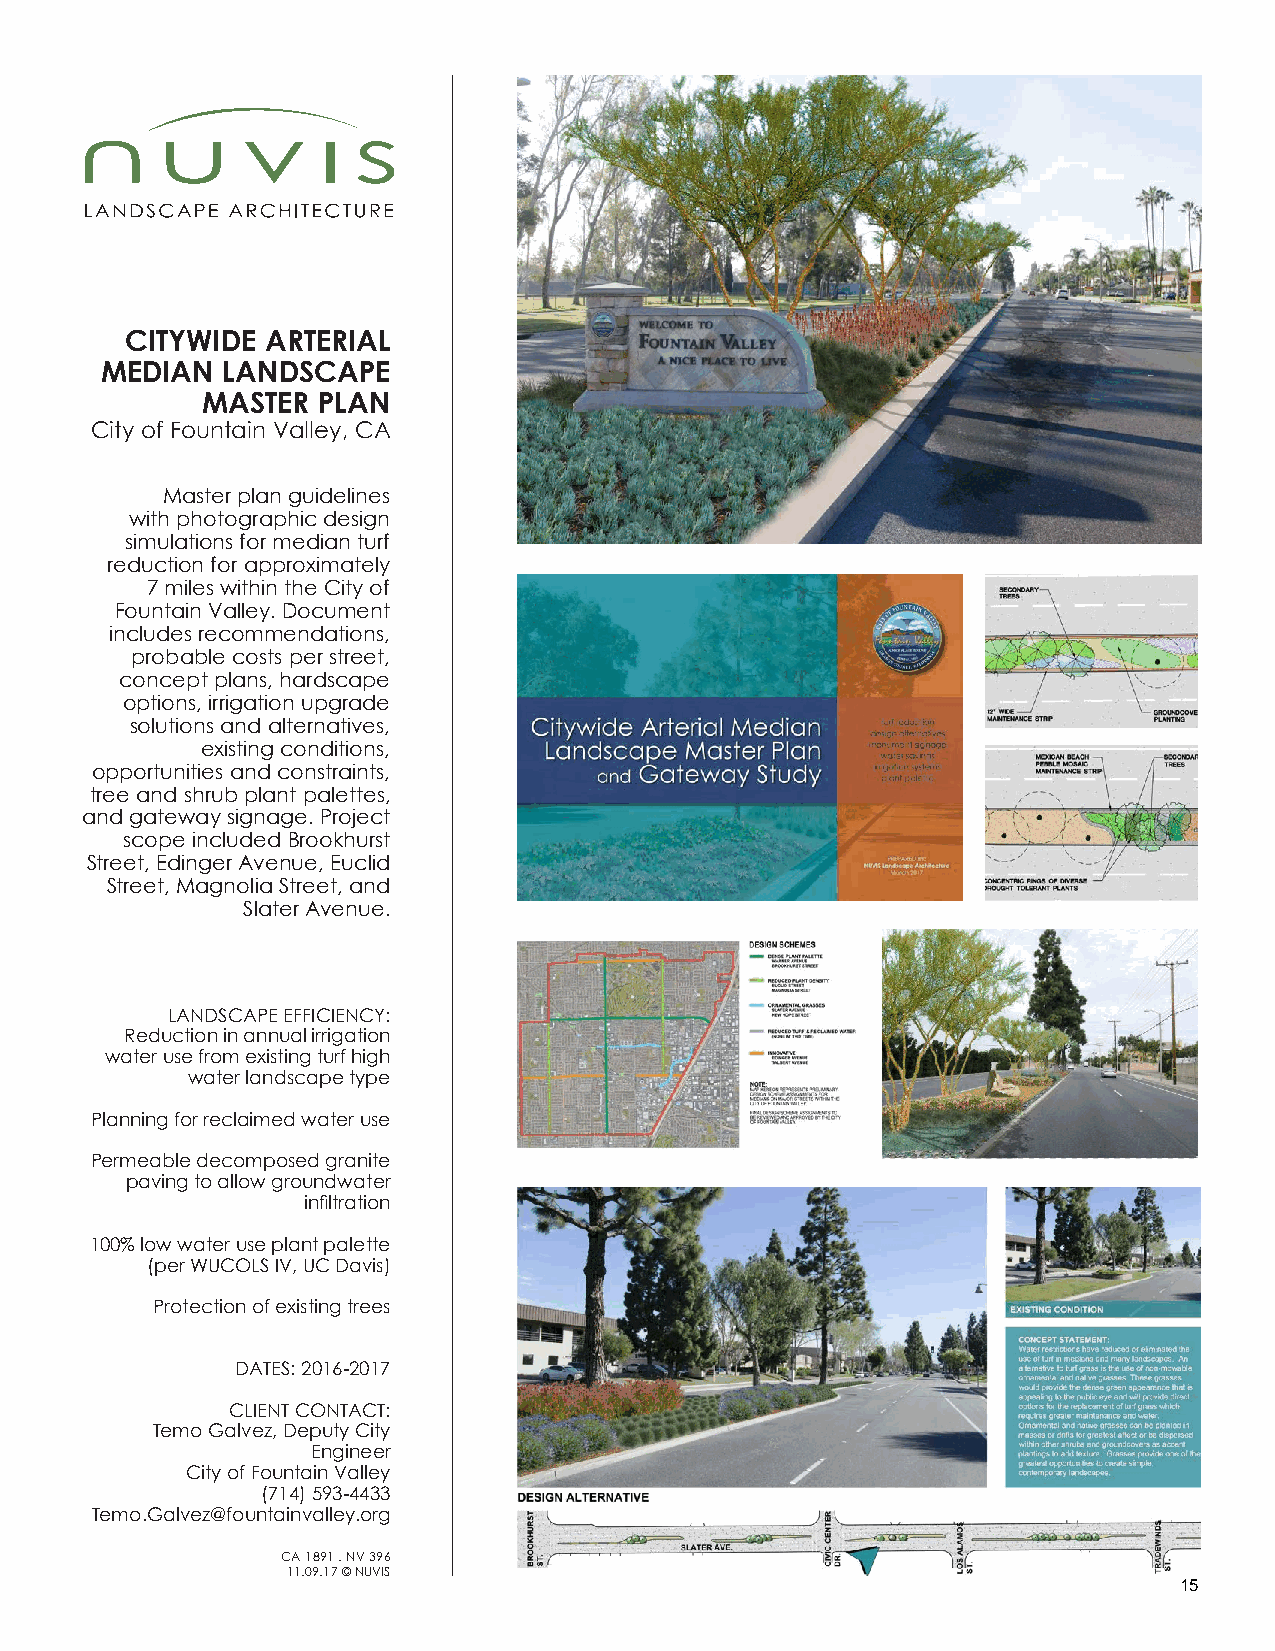
CITYWIDE  ARTERIAL
 MEDIAN  LANDSCAPE
 MASTER  PLAN
 City of Fountain Valley, CA
 Master plan guidelines
 with photographic design
 simulations for median turf
 reduction for approximately
 7 miles within the City of
 Fountain Valley. Document
 includes recommendations,
 probable costs per street,
 concept plans, hardscape
 options, irrigation upgrade
 solutions and alternatives,
 existing conditions,
 opportunities and constraints,
 tree and shrub plant palettes,
 and gateway signage. Project
 scope included Brookhurst
 Street, Edinger Avenue, Euclid
 Street, Magnolia Street, and
 Slater Avenue.
 LANDSCAPE EFFICIENCY:
 Reduction in annual irrigation
 water use from existing turf high
 water landscape type
 Planning for reclaimed water use
 Permeable decomposed granite
 paving to allow groundwater
 infiltration
 100% low water use plant palette
 (per WUCOLS IV, UC Davis)
 Protection of existing trees
 DATES: 2016-2017
 CLIENT CONTACT:
 Temo Galvez, Deputy City
 Engineer
 City of Fountain Valley
 (714) 593-4433
 Temo.Galvez@fountainvalley.org
 CA 1891 . NV 396
 11.09.17 © NUVIS
 15